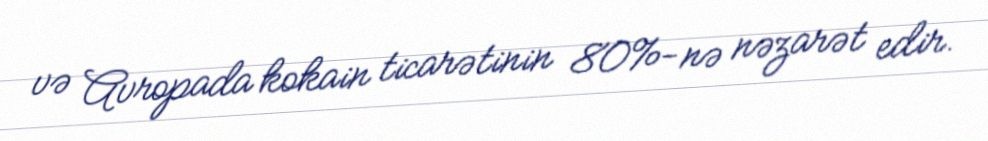
və Avropada kokain ticarətinin 80%-nə nəzarət edir.